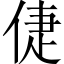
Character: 倢